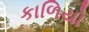
કાળિયો